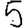
Digit: 5